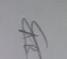
Signature authenticity: genuine